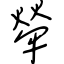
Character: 犖